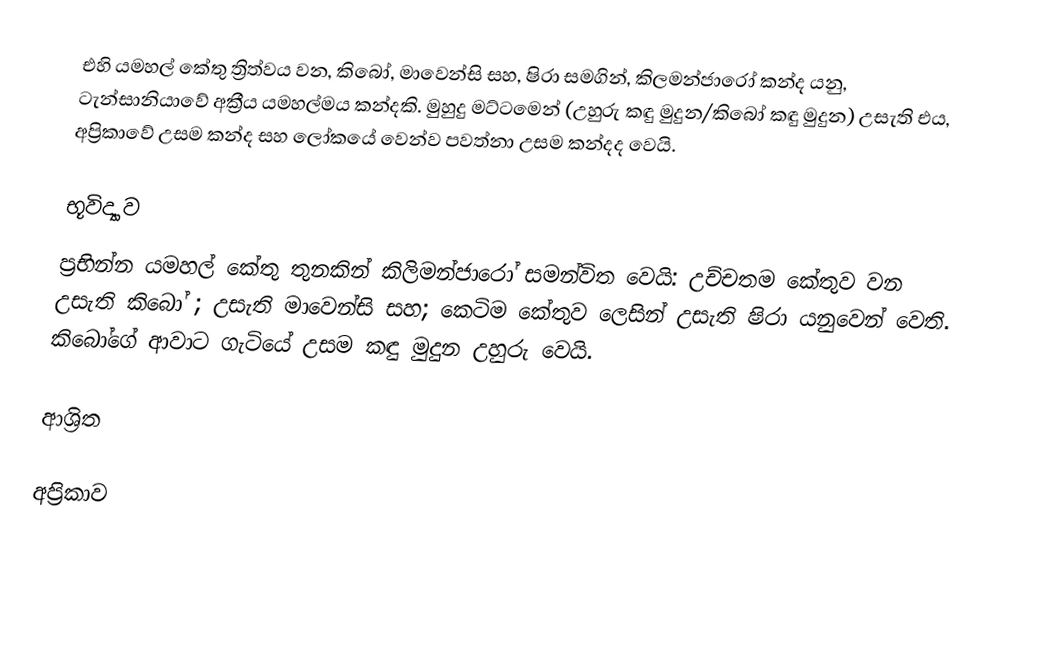
එහි  යමහල් කේතු ත්‍රිත්වය වන, කිබෝ, මාවෙන්සි සහ, ෂිරා සමගින්,  කිලමන්ජාරෝ කන්ද යනු,  ටැන්සානියාවේ අක්‍රීය යමහල්මය කන්දකි. මුහුදු මට්ටමෙන් (උහුරු කඳු මුදුන/කිබෝ කඳු මුදුන)  උසැති එය,  අප්‍රිකාවේ උසම කන්ද සහ  ලෝකයේ වෙන්ව පවත්නා උසම කන්දද වෙයි.

භූවිද්‍යාව
ප්‍රභින්න යමහල් කේතු තුනකින් කිලිමන්ජාරෝ සමන්විත වෙයි: උච්චතම කේතුව වන  උසැති කිබෝ ;  උසැති මාවෙන්සි සහ; කෙටිම කේතුව ලෙසින්  උසැති ෂිරා යනුවෙන් වෙති. කිබෝගේ ආවාට ගැටියේ උසම කඳු මුදුන උහුරු වෙයි.

ආශ්‍රිත

අප්‍රිකාව